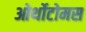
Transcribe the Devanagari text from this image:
ओर्थोटोमस